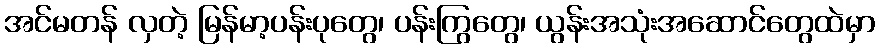
အင်မတန် လှတဲ့ မြန်မာ့ပန်းပုတွေ၊ ပန်းကြွတွေ၊ ယွန်းအသုံးအဆောင်တွေထဲမှာ